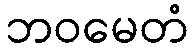
ဘဝမေတံ